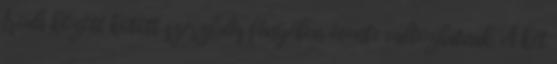
Iroda között kötött szerződés fényében évente változhatnak. A két